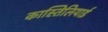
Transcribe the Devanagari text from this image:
कास्तिलियाई